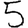
Digit: 5